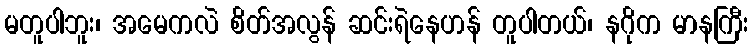
မတူပါဘူး၊ အမေကလဲ စိတ်အလွန် ဆင်းရဲနေဟန် တူပါတယ်၊ နဂိုက မာနကြီး